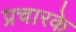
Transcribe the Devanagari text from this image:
प्रचारके